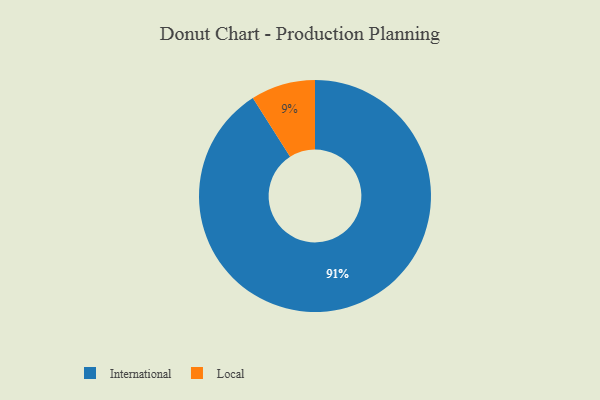
{"axis": {"x": "Category", "y": "Percentage"}, "legend": ["International", "Local"], "data": [{"x": "Local", "y": 9, "type": "Local"}, {"x": "International", "y": 91, "type": "International"}]}